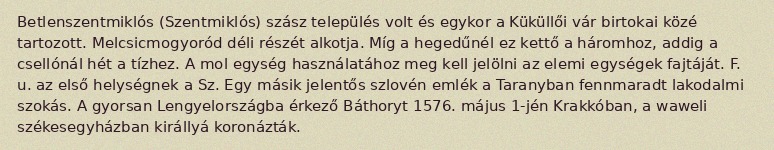
Betlenszentmiklós (Szentmiklós) szász település volt és egykor a Küküllői vár birtokai közé tartozott. Melcsicmogyoród déli részét alkotja. Míg a hegedűnél ez kettő a háromhoz, addig a csellónál hét a tízhez. A mol egység használatához meg kell jelölni az elemi egységek fajtáját. F. u. az első helységnek a Sz. Egy másik jelentős szlovén emlék a Taranyban fennmaradt lakodalmi szokás. A gyorsan Lengyelországba érkező Báthoryt 1576. május 1-jén Krakkóban, a waweli székesegyházban királlyá koronázták.